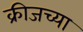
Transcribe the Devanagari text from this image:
क्रीजच्या